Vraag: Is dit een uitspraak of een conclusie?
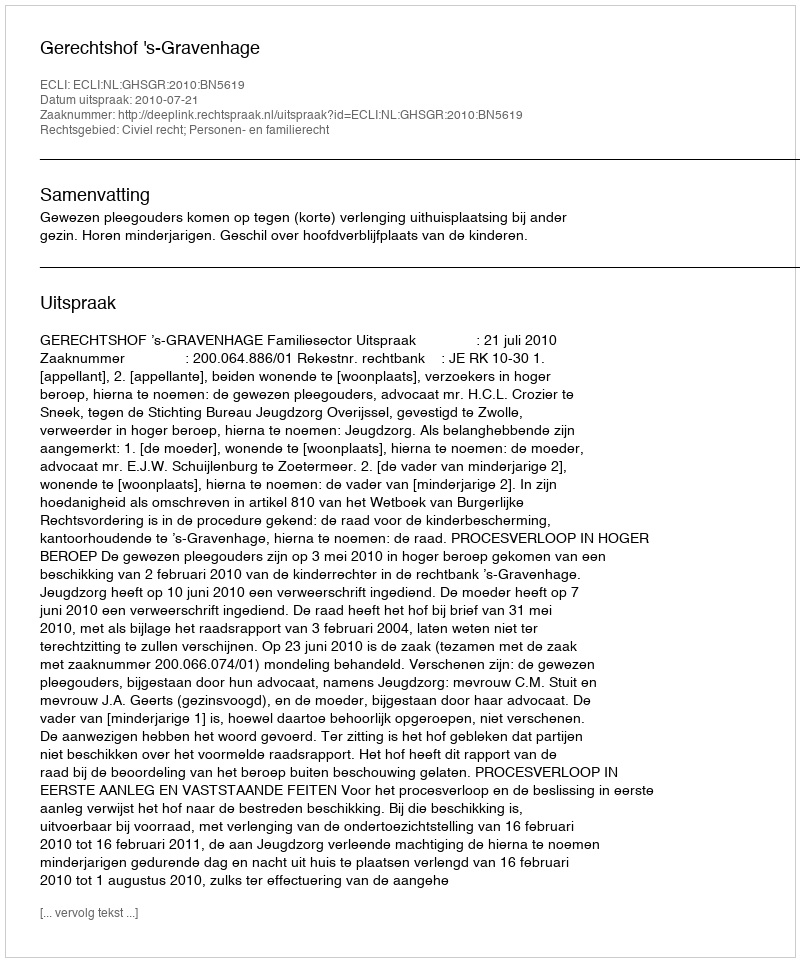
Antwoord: Uitspraak